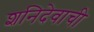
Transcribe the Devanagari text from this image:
शनिदेवाची